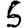
Digit: 5